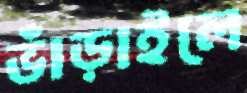
ভাঁড়াইলে